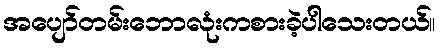
အပျော်တမ်းဘောလုံးကစားခဲ့ပါသေးတယ်။